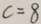
c = 8